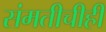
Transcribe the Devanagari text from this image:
संमतीचीही